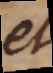
et